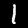
Digit: 1